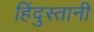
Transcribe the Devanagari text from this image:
हिंदुस्‍तानी